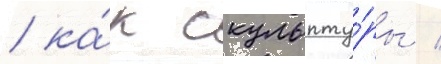
/ ка́к скульпту́ры /